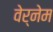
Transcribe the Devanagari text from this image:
वेर्नेम